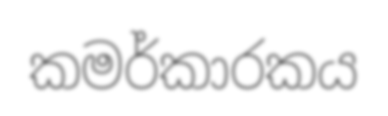
කමර්කාරකය